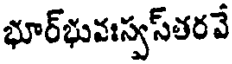
భూర్భువఃస్వస్తరవే